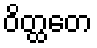
ဝိတ္ထတေ